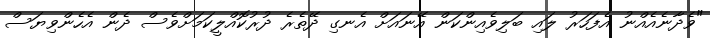
"ވެދާނެއެއްނު އެފަހަރު ލައި ބަލިވެއިންކަން އޭނައަށް އެނގި ދޭތެރެ ދުރުކޮއްލީކަމަށްވެސް ދެން އެހެންވިޔަސް